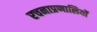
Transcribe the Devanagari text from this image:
रचनाप्रणालियों